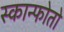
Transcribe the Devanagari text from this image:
स्कान्फोतो